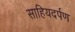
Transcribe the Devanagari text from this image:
साहियदर्पण